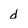
Character: d